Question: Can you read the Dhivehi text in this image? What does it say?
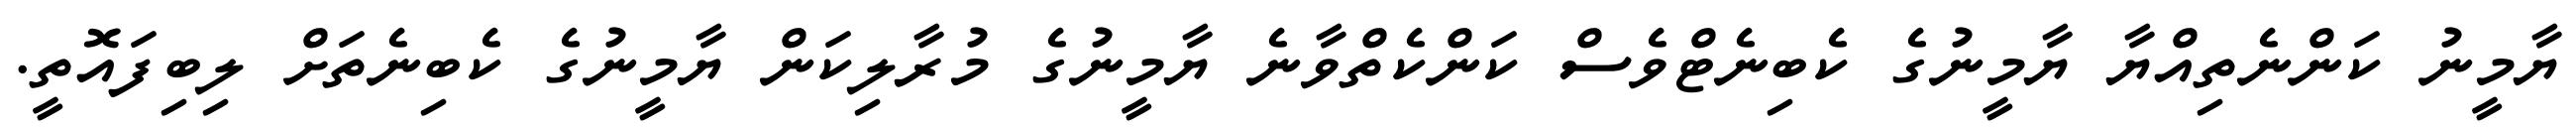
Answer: ޔާމީނު ކަންނެތިއްޔާ ޔާމީނުގެ ކެބިނެޓްވެސް ކަންކެތްވާނެ ޔާމީނުގެ މުރާލިކަން ޔާމީނުގެ ކެބިނެތަށް ލިބިފައޮތީ.